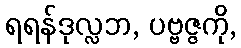
ရရန်ဒုလ္လဘ, ပဗ္ဗဇ္ဇကို,